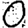
Digit: 0